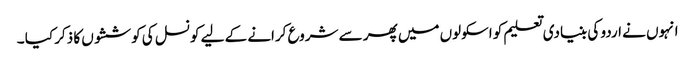
انہوں نے اردو کی بنیادی تعلیم کو اسکولوں میں پھر سے شروع کرانے کے لیے کونسل کی کوششوں کا ذکر کیا ۔